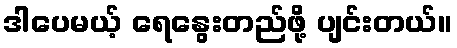
ဒါပေမယ့် ရေနွေးတည်ဖို့ ပျင်းတယ်။